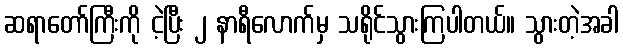
ဆရာတော်ကြီးကို ငဲ့ပြီး ၂ နာရီလောက်မှ သရိုင်သွားကြပါတယ်။ သွားတဲ့အခါ